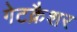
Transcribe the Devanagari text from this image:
गेटक्रैशर